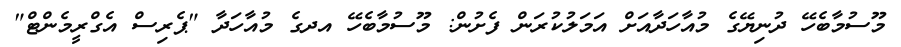
މޫސުމާބެހޭ ދުނިޔޭގެ މުއާހަދާއަށް އަމަލުކުރަން ފެށުން: މޫސުމާބެހޭ އދގެ މުއާހަދާ "ޕެރިސް އެގްރީމެންޓް"